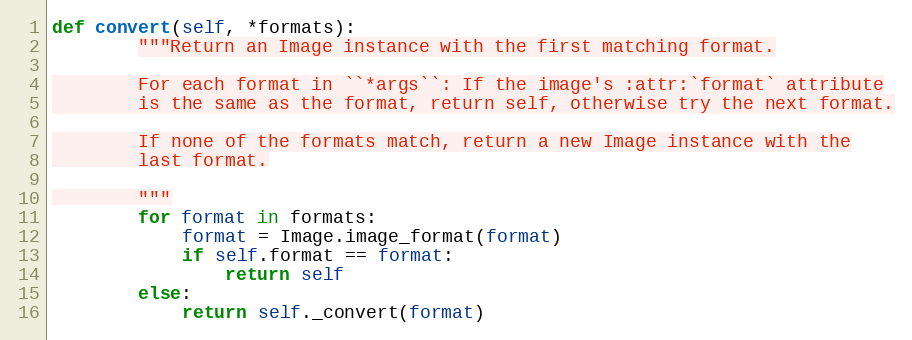
Language: Python
def convert(self, *formats):
        """Return an Image instance with the first matching format.

        For each format in ``*args``: If the image's :attr:`format` attribute
        is the same as the format, return self, otherwise try the next format.

        If none of the formats match, return a new Image instance with the
        last format.

        """
        for format in formats:
            format = Image.image_format(format)
            if self.format == format:
                return self
        else:
            return self._convert(format)